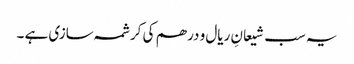
یہ سب شیعانِ ریال و درھم کی کرشمہ سازی ہے ۔